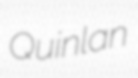
Quinlan